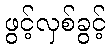
ဖွင့်လှစ်ခွင့်